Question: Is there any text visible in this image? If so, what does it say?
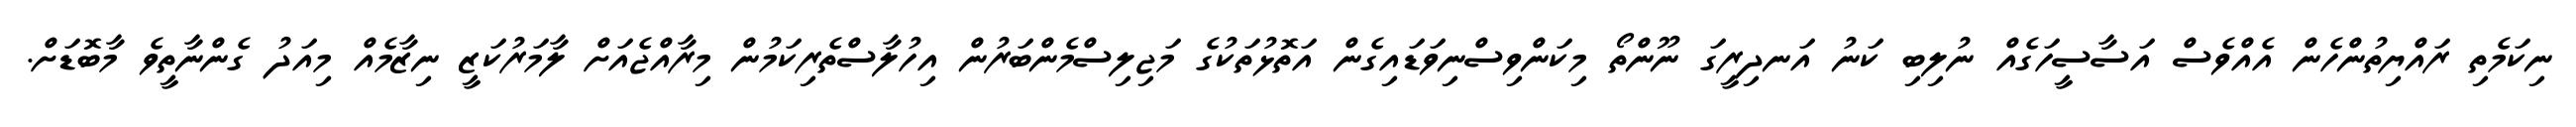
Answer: ނިކަމެތި ރައްޔިތުންހެން އެއްވެސް އަސާސީހަގެއް ނުލިބި ކަނު އަނދިރީގަ ނޫންތޯ މިކަންވިސްނިވަޑައިގެން އަތޮޅުތަކުގެ މަޖިލިސްމެންބަރުން އިހުލާސްތެރިކަމުން މިރާއްޖެއަށް ލާމަރުކަޒީ ނިޒާމެއް މިއަދު ގެންނާތީވެ މާބޮޑަށް.